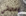
إعطائي